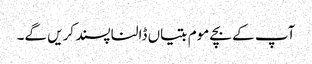
آپ کے بچے موم بتیاں ڈالنا پسند کریں گے۔